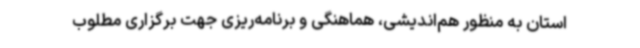
استان به منظور هم‌اندیشی، هماهنگی و برنامه‌ریزی جهت برگزاری مطلوب